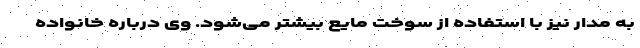
به مدار نیز با استفاده از سوخت مایع بیشتر می‌شود. وی درباره خانواده‌